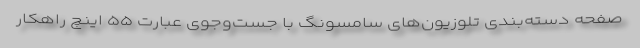
صفحه دسته‌بندی تلوزیون‌های سامسونگ با جست‌وجوی عبارت ۵۵ اینچ راهکار